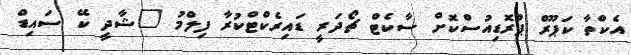
އެކްތާ ކަޕޫރް ޕްރޮޑިއުސްކޮށް ސާކެޓް ޗޯދަރީ ޑައިރެކްޓްކުރާ ފިލްމު "ޝާދީ ކޭ ސައިޑް